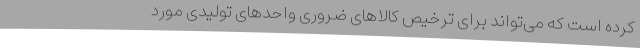
کرده است که می‌تواند برای ترخیص کالاهای ضروری واحدهای تولیدی مورد